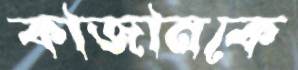
কাজানকে